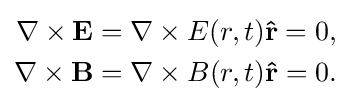
{\begin{aligned}\nabla \times \mathbf {E} &=\nabla \times E(r,t)\mathbf {\hat {r}} =0,\\\nabla \times \mathbf {B} &=\nabla \times B(r,t)\mathbf {\hat {r}} =0.\end{aligned}}